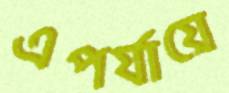
এপর্যায়ে